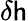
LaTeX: \delta\mathsf{h}